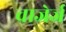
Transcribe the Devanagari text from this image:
चाजेर्ज